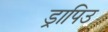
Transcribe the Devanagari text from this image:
ड्रापिउ